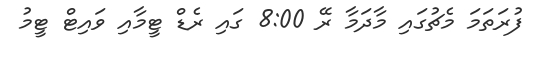
ފުރަތަމަ މެޗުގައި މާދަމާ ރޭ 8:00 ގައި ރެޑް ޓީމާއި ވައިޓް ޓީމު